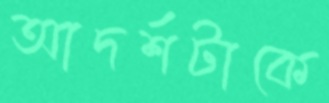
আদর্শটাকে